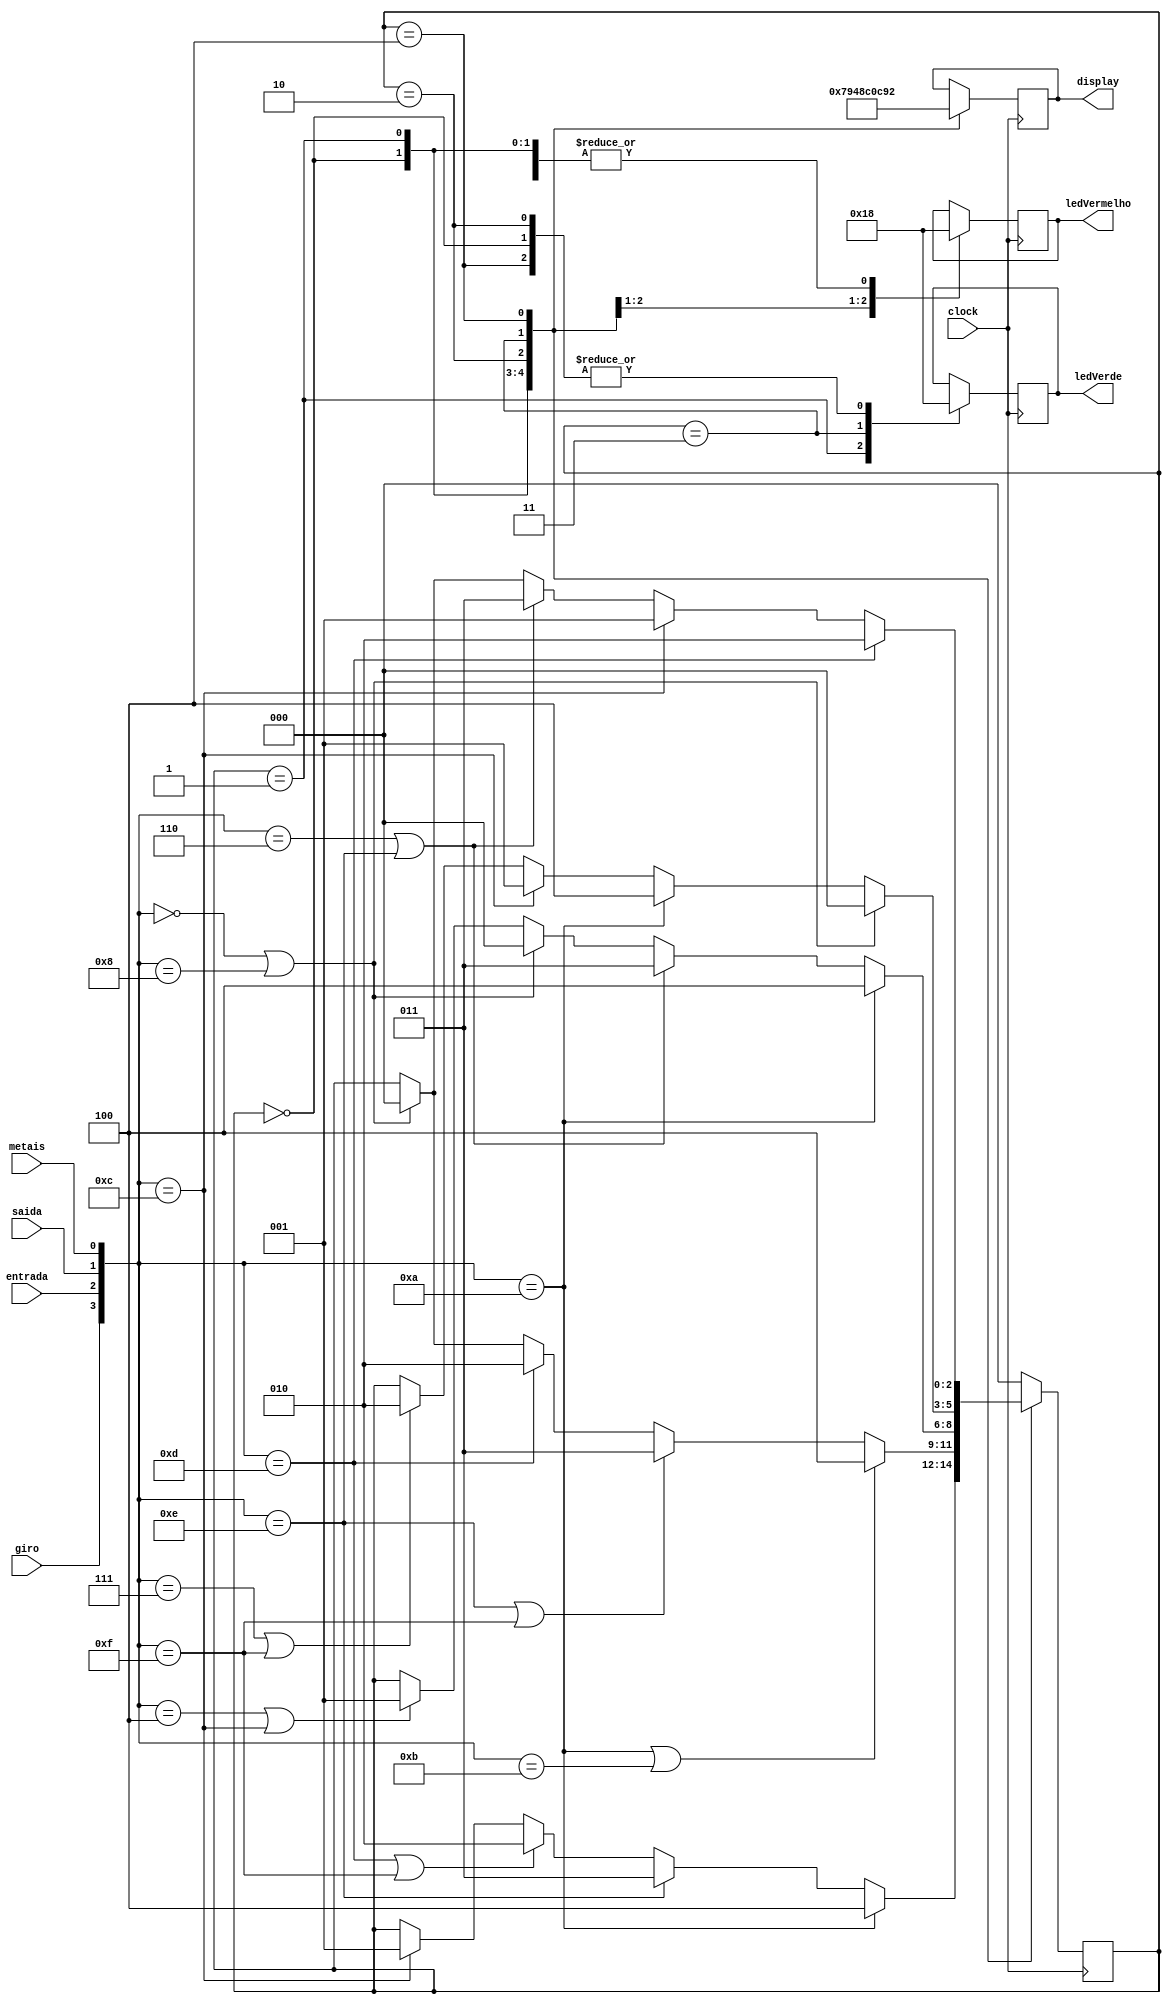
module inicial_2 ( giro, entrada, saida, metais, ledVerde, ledVermelho, display, clock );
	input giro, entrada, saida, metais, clock;
	output [1:0] ledVerde, ledVermelho;
	output [6:0] display;
	reg [2:0] estado;
	reg [3:0] tmp;
	reg [1:0] tmpLedVerde, tmpLedVermelho;
	reg [6:0] tmpDisplay;
	parameter A = 3'b000, B = 3'b001, C = 3'b010, D = 3'b011, E = 3'b100;
	initial estado = A;
	always @( posedge clock ) begin
			tmp = { giro, entrada, saida, metais }; 
          	case( estado )
          			A: begin
								tmpLedVerde = 2'b00;
								tmpLedVermelho = 2'b00;
								tmpDisplay = 7'b1111001;
								if( tmp == 4'b1100 )
									estado = B;
								if( tmp == 4'b1101 | tmp == 4'b1111 )
									estado = C;
								if( tmp == 4'b1110 )
									estado = D;
								if( tmp == 4'b1010 )
									estado = E;
							end
          			B: begin
								tmpLedVerde = 2'b01;
								tmpLedVermelho = 2'b00;
								tmpDisplay = 7'b0100100;
								if( tmp == 4'b0000 | tmp == 4'b1000 )
									estado = A;
								if( tmp == 4'b1101 )
									estado = C;
								if( tmp == 4'b1110 | tmp == 4'b1111 )
									estado = D;
								if( tmp == 4'b1010 | tmp == 4'b1011 )
									estado = E;
							end
          			C: begin
								tmpLedVerde = 2'b00;
								tmpLedVermelho = 2'b01;
								tmpDisplay = 7'b0110000;
								if( tmp == 4'b0100 | tmp == 4'b1100 )
									estado = B;
								if( tmp == 4'b0000 | tmp == 4'b1000 )
									estado = A;
								if( tmp == 4'b0110 | tmp == 4'b1110 )
									estado = D;
								if( tmp == 4'b1010 )
									estado = E;
							end
          			D: begin
								tmpLedVerde = 2'b10;
								tmpLedVermelho = 2'b10;
								tmpDisplay = 7'b0011001;
								if( tmp == 4'b0111 | tmp == 4'b1111 )
									estado = C;
								if( tmp == 4'b1100 )
									estado = B;
								if( tmp == 4'b1010 )
									estado = E;
								if( tmp == 4'b0000 | tmp == 4'b1000 )
									estado = A;
							end
						E: begin
								tmpLedVerde = 2'b00;
								tmpLedVermelho = 2'b00;
								tmpDisplay = 7'b0010010;
								if( tmp == 4'b0000 | tmp == 4'b1000 )
									estado = A;
								if( tmp == 4'b0110 | tmp == 4'b1110 )
									estado = D;
								if( tmp == 4'b1100 )
									estado = B;
								if( tmp == 4'b1101 )
									estado = C;
							end
          			default: estado = A;
          	endcase
	end
	assign ledVerde = tmpLedVerde;
	assign ledVermelho = tmpLedVermelho;
	assign display = tmpDisplay;
endmodule